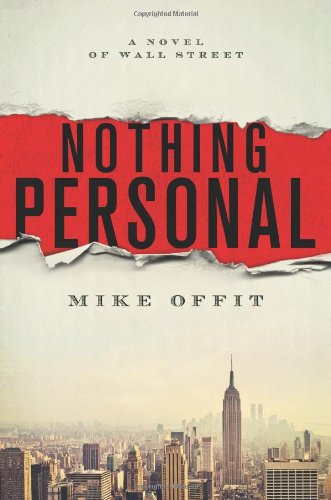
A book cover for Nothing Personal: A Novel of Wall Street; Mike Offit; Mystery, Thriller & Suspense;